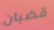
قضبان